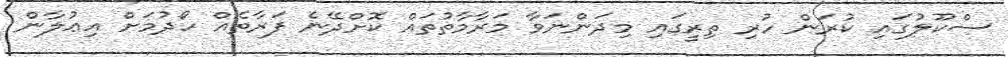
ސްކޫލުގައި ކުރަން ހުރި ތިރީގައި މިދަންނަވާ މަރާމާތުތައް ކޮށްދޭނެ ފަރާތެއް ހޯދުމަށް އިޢުލާން